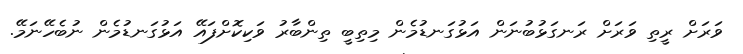
ވަރަށް ރީތި ވަރަށް ރަނގަޅުބުނަން އަޅުގަނޑުމެން މިތިބީ ތިންބާރު ވަކިކޮށްފައޭ އަޅުގަނޑުމެން ނުބެހޭނަމޭ.